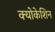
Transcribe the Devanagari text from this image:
क्योकेशिन